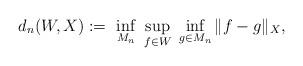
LaTeX: \begin{align*} d_n(W,X):= \ \inf_{{M_n}} \ \sup_{f \in W} \ \inf_{g \in {M_n}} \|f - g\|_X,\end{align*}